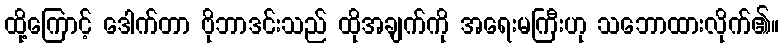
ထို့ကြောင့် ဒေါက်တာ ဗိုဘာဒင်းသည် ထိုအချက်ကို အရေးမကြီးဟု သဘောထားလိုက်၏။